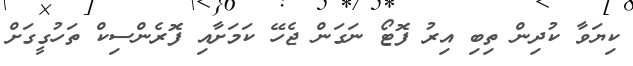
ކިޔަވާ ކުދިން ތިބި އިރު ފޮޓޯ ނަގަން ޖެހޭ ކަމަށާއި ފޮރެންސިކް ތަހުގީގަށް